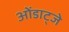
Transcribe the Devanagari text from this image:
ओंडाट्जे